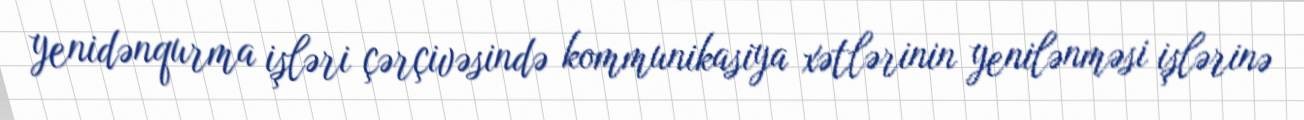
yenidənqurma işləri çərçivəsində kommunikasiya xətlərinin yenilənməsi işlərinə